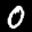
Label: 0